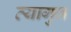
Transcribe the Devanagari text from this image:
त्यागुन